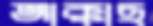
আক্কাছ